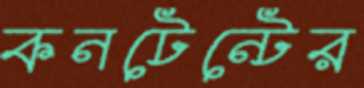
কনটেন্টের